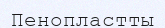
Пенопластты